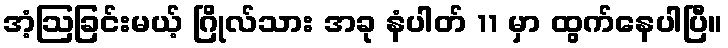
အံ့ဩခြင်းမယ့် ဂြိုလ်သား အခု နံပါတ် 11 မှာ ထွက်နေပါပြီ။